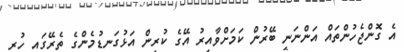
އެ ގޮންޖެހުންތައް އަންނަނީ ބޭރުން ކަމަށްވާއިރު އޭގެ ކުރިން އަޅުގަނޑުމެންގެ ތެރޭގައި ހުރި